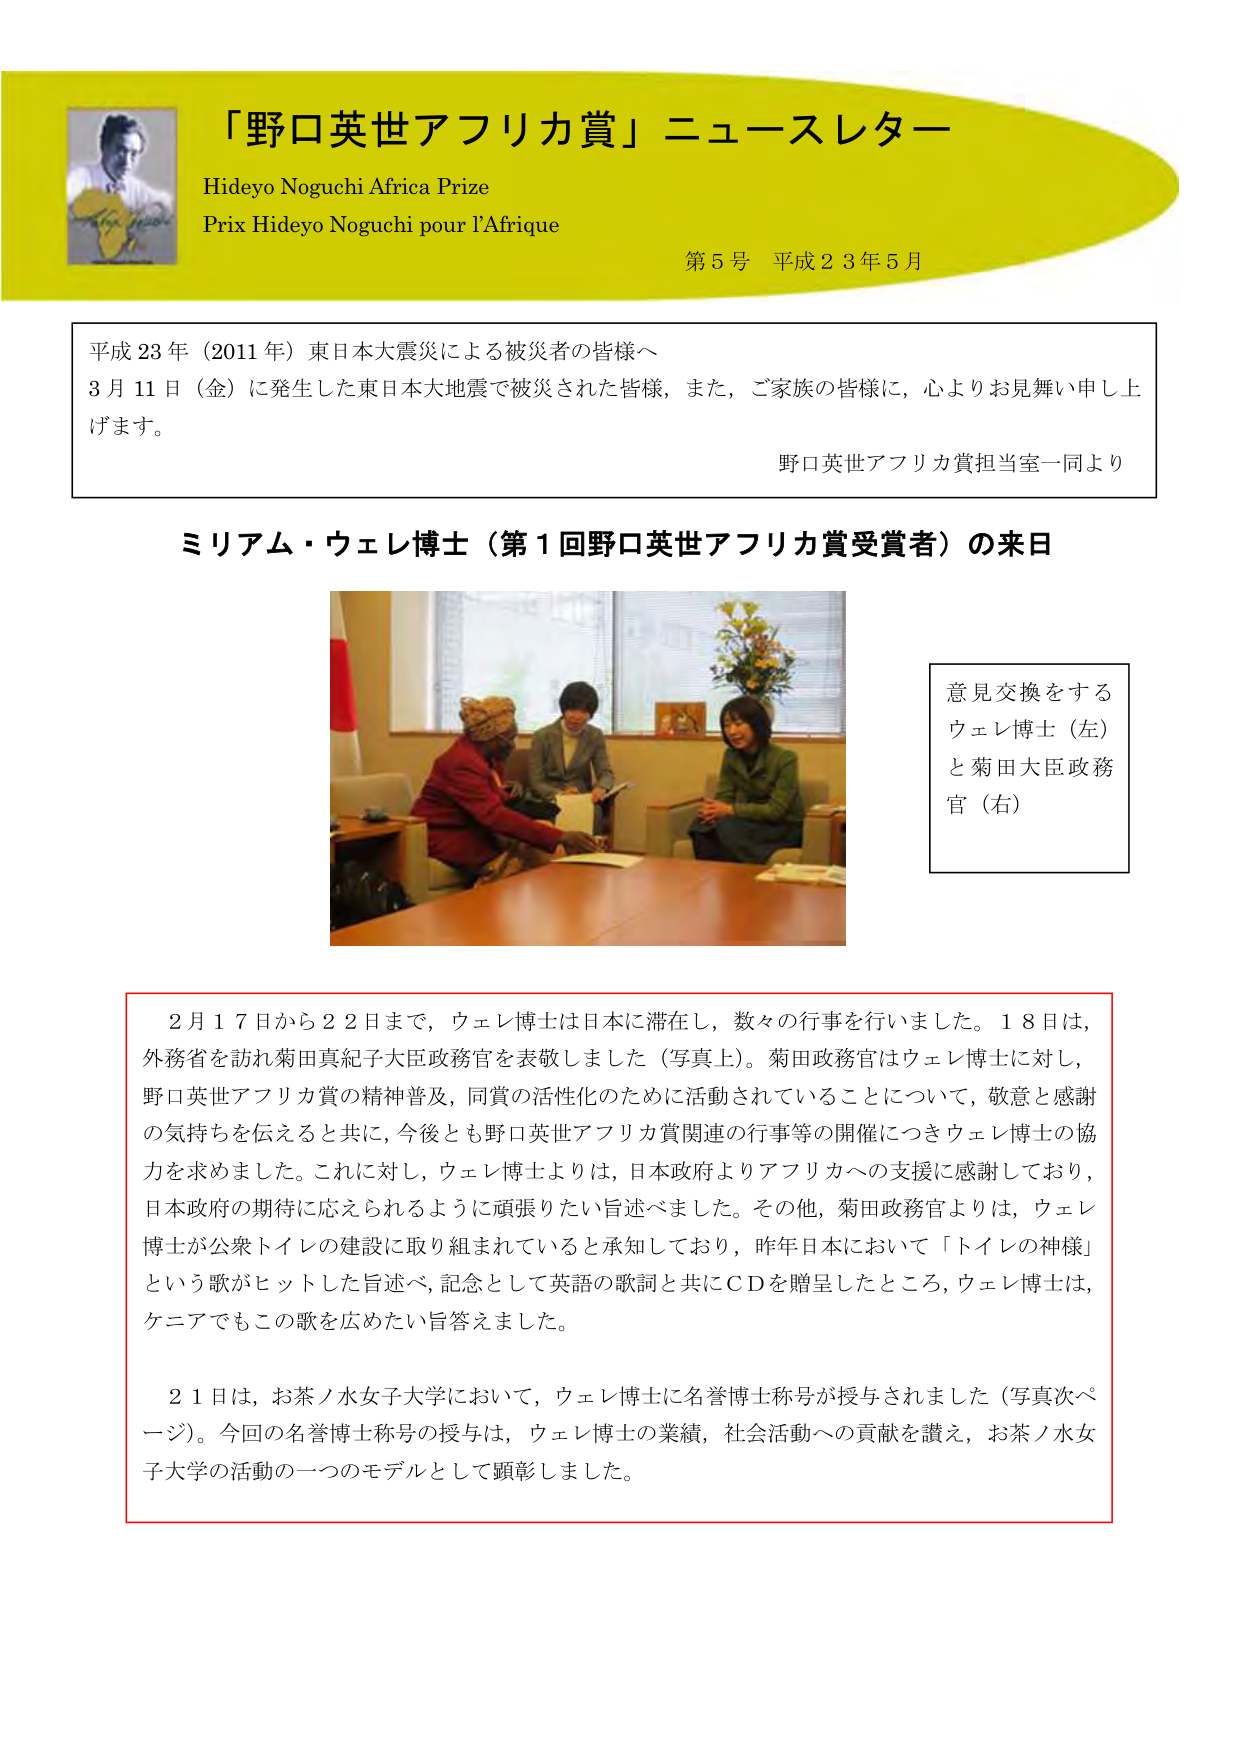
「野口英世アフリカ賞」ニュースレター
Hideyo Noguchi Africa Prize
Prix Hideyo Noguchi pour l'Afrique
第5号 平成23年5月

平成23年（2011年）東日本大震災による被災者の皆様へ
3月11日（金）に発生した東日本大地震で被災された皆様、また、ご家族の皆様に、心よりお見舞い申し上げます。
野口英世アフリカ賞担当室一同より

ミリアム・ウェレ博士（第1回野口英世アフリカ賞受賞者）の来日

意見交換をする
ウェレ博士（左）
と菊田大臣政務官（右）

2月17日から22日まで、ウェレ博士は日本に滞在し、数々の行事を行いました。18日は、外務省を訪れ菊田真紀子大臣政務官を表敬しました（写真上）。菊田政務官はウェレ博士に対し、野口英世アフリカ賞の精神普及、同賞の活性化のために活動されていることについて、敬意と感謝の気持ちを伝えると共に、今後とも野口英世アフリカ賞関連の行事等の開催につきウェレ博士の協力を求めました。これに対し、ウェレ博士よりは、日本政府よりアフリカへの支援に感謝しており、日本政府の期待に応えられるように頑張りたい旨述べました。その他、菊田政務官よりは、ウェレ博士が公衆トイレの建設に取り組まれていると承知しており、昨年日本において「トイレの神様」という歌がヒットした旨述べ、記念として英語の歌詞と共にCDを贈呈したところ、ウェレ博士は、ケニアでもこの歌を広めたい旨答えました。

21日は、お茶ノ水女子大学において、ウェレ博士に名誉博士称号が授与されました（写真次ページ）。今回の名誉博士称号の授与は、ウェレ博士の業績、社会活動への貢献を讃え、お茶ノ水女子大学の活動の一つのモデルとして顕彰しました。